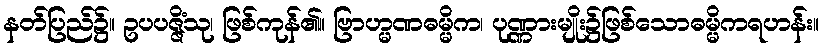
နတ်ပြည်၌။ ဥပပဇ္ဇိံသု၊ ဖြစ်ကုန်၏။ ဗြာဟ္မဏဓမ္မိက၊ ပုဏ္ဏားမျိုး၌ဖြစ်သောဓမ္မိကရဟန်း။